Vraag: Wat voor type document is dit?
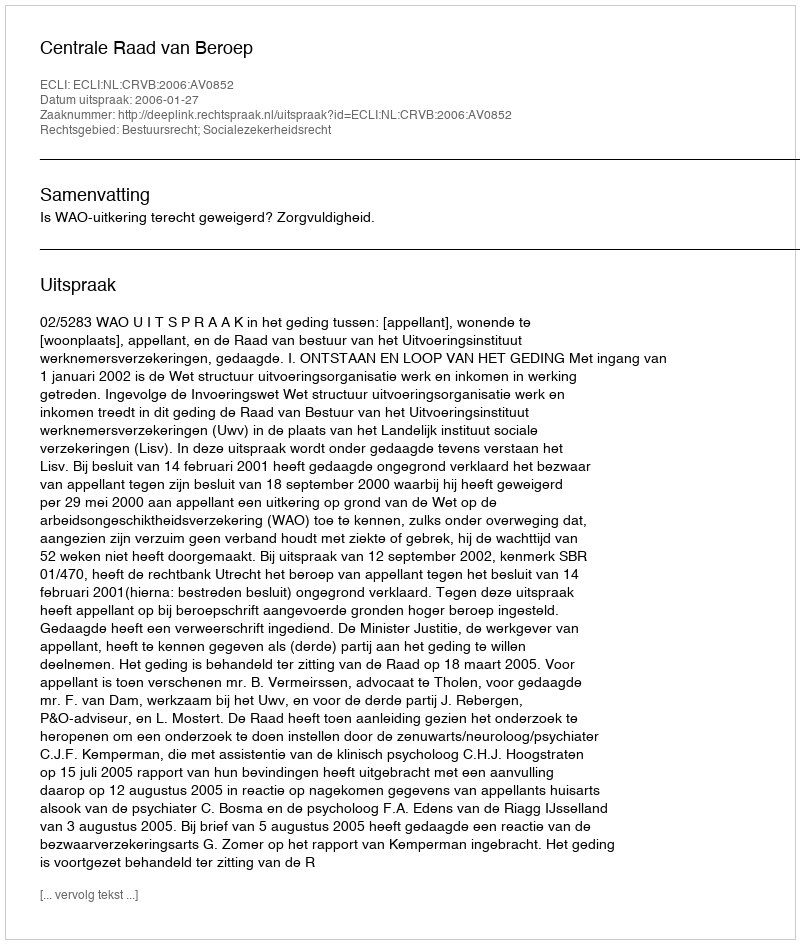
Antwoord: Uitspraak